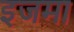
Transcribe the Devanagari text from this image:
इजमा